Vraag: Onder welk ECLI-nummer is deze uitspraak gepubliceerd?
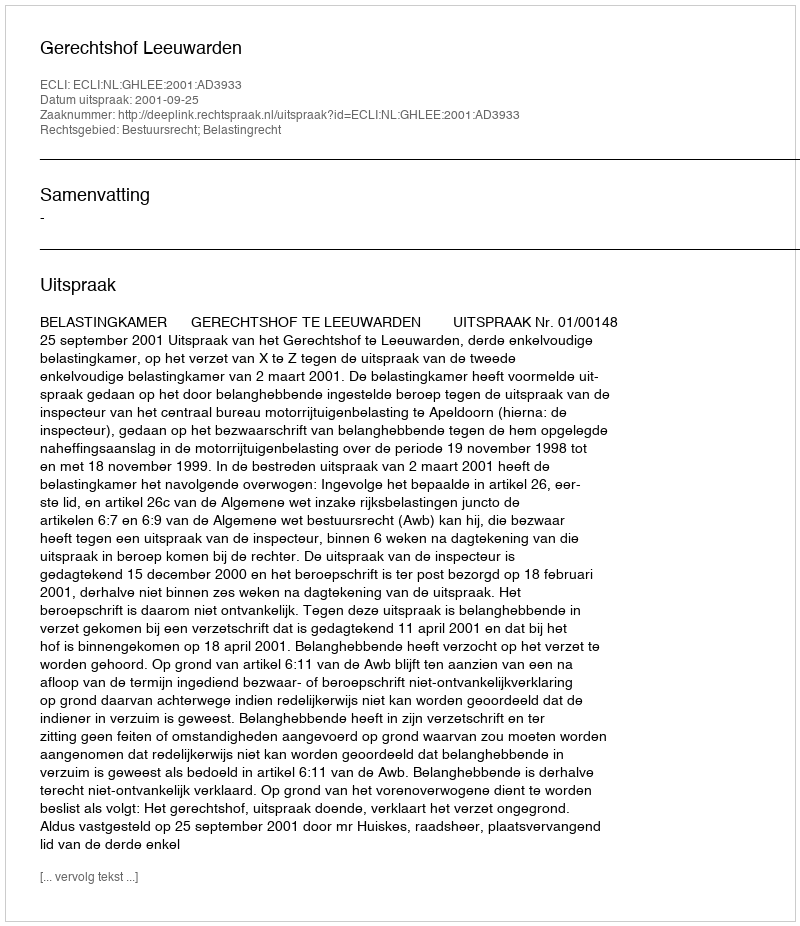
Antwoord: ECLI:NL:GHLEE:2001:AD3933